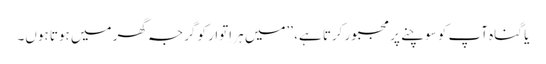
یا گناہ آپ کو سوچنے پر مجبور کرتا ہے، ’’میں ہر اِتوار کو گرجہ گھر میں ہوتا ہوں۔